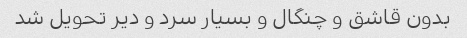
بدون قاشق و چنگال و بسیار سرد و دیر تحویل شد